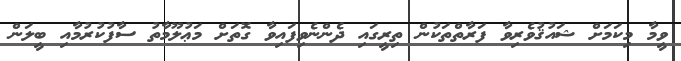
ވީމާ މިކަމަށް ޝައުޤުވެރިވާ ފަރާތްތަކުން ތިރީގައި ދެންނެވިފައިވާ ގޮތަށް މަޢުލޫމާތު ސާފުކުރުމާއި ބީލަން